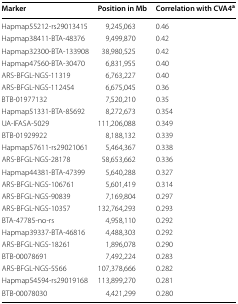
<table><thead><tr><td><b>Marker</b></td><td><b>Position in Mb</b></td><td><b>Correlation with CVA4<sup>a</sup></b></td></tr></thead><tbody><tr><td>Hapmap55212-rs29013415</td><td>9,245,063</td><td>0.46</td></tr><tr><td>Hapmap38411-BTA-48376</td><td>9,499,870</td><td>0.42</td></tr><tr><td>Hapmap32300-BTA-133908</td><td>38,980,525</td><td>0.42</td></tr><tr><td>Hapmap47560-BTA-30470</td><td>6,831,955</td><td>0.40</td></tr><tr><td>ARS-BFGL-NGS-11319</td><td>6,763,227</td><td>0.40</td></tr><tr><td>ARS-BFGL-NGS-112454</td><td>6,675,045</td><td>0.36</td></tr><tr><td>BTB-01977132</td><td>7,520,210</td><td>0.35</td></tr><tr><td>Hapmap51331-BTA-85692</td><td>8,272,673</td><td>0.354</td></tr><tr><td>UA-IFASA-5029</td><td>111,206,088</td><td>0.349</td></tr><tr><td>BTB-01929922</td><td>8,188,132</td><td>0.339</td></tr><tr><td>Hapmap57611-rs29021061</td><td>5,464,367</td><td>0.338</td></tr><tr><td>ARS-BFGL-NGS-28178</td><td>58,653,662</td><td>0.336</td></tr><tr><td>Hapmap44381-BTA-47399</td><td>5,640,288</td><td>0.327</td></tr><tr><td>ARS-BFGL-NGS-106761</td><td>5,601,419</td><td>0.314</td></tr><tr><td>ARS-BFGL-NGS-90839</td><td>7,169,804</td><td>0.297</td></tr><tr><td>ARS-BFGL-NGS-10357</td><td>132,764,293</td><td>0.293</td></tr><tr><td>BTA-47785-no-rs</td><td>4,958,110</td><td>0.292</td></tr><tr><td>Hapmap39337-BTA-46816</td><td>4,488,303</td><td>0.292</td></tr><tr><td>ARS-BFGL-NGS-18261</td><td>1,896,078</td><td>0.290</td></tr><tr><td>BTB-00078691</td><td>7,492,224</td><td>0.283</td></tr><tr><td>ARS-BFGL-NGS-5566</td><td>107,378,666</td><td>0.282</td></tr><tr><td>Hapmap54594-rs29019168</td><td>113,899,270</td><td>0.281</td></tr><tr><td>BTB-00078030</td><td>4,421,299</td><td>0.280</td></tr></tbody></table>